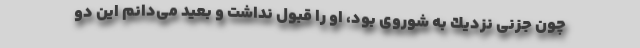
چون جزنی نزدیك به شوروی بود، او را قبول نداشت و بعید می‌دانم این دو